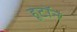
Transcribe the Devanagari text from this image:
हूटॉन